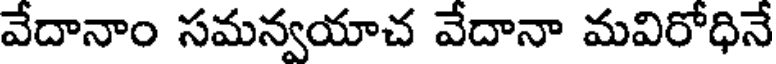
వేదానాం సమన్వయాచ వేదానా మవిరోధినే